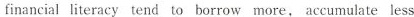
financial literacy tend to borrow more, accumulate less